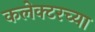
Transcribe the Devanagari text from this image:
कलेक्टरच्या